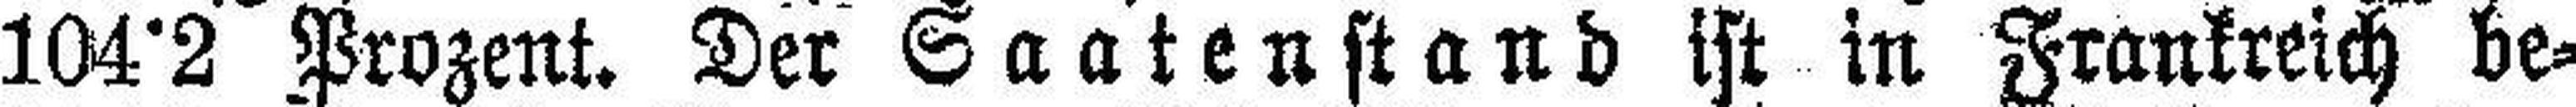
104°2 Prozent. Der Saatenstand ist in Frankreich be¬